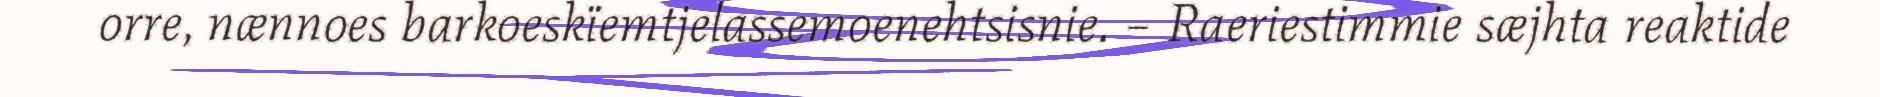
orre, nænnoes barkoeskïemtjelassemoenehtsisnie. – Raeriestimmie sæjhta reaktide